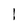
Character: l